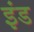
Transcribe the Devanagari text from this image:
इंड